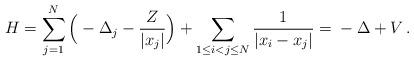
LaTeX: \begin{align*} H=\sum_{j=1}^N\Big(-\Delta_j-\frac{Z}{|x_j|}\Big) +\sum_{1\le i<j\le N}\frac{1}{|x_i-x_j|} ={}-\Delta+V\,.\end{align*}